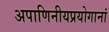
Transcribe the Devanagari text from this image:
अपाणिनीयप्रयोगानां